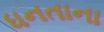
ધનતાના